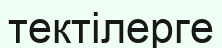
тектілерге